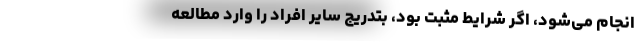
انجام می‌شود، اگر شرایط مثبت بود، بتدریج سایر افراد را وارد مطالعه